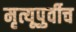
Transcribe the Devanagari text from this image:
मृत्यूपुर्वीच